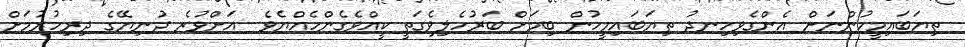
ތިޔަބައިމީހުންނަށް އެންގެވިހިނދު ތިޔަބައިމީހުން ބިމަށް ބަރުހެލިވެގަތީ ކީއްވެގެންހެއްޔެވެ  އަށްވުރެ ދުނިޔޭގެ ދިރިހުރުމަށް